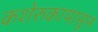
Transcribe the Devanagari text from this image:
कशेरुकापासून